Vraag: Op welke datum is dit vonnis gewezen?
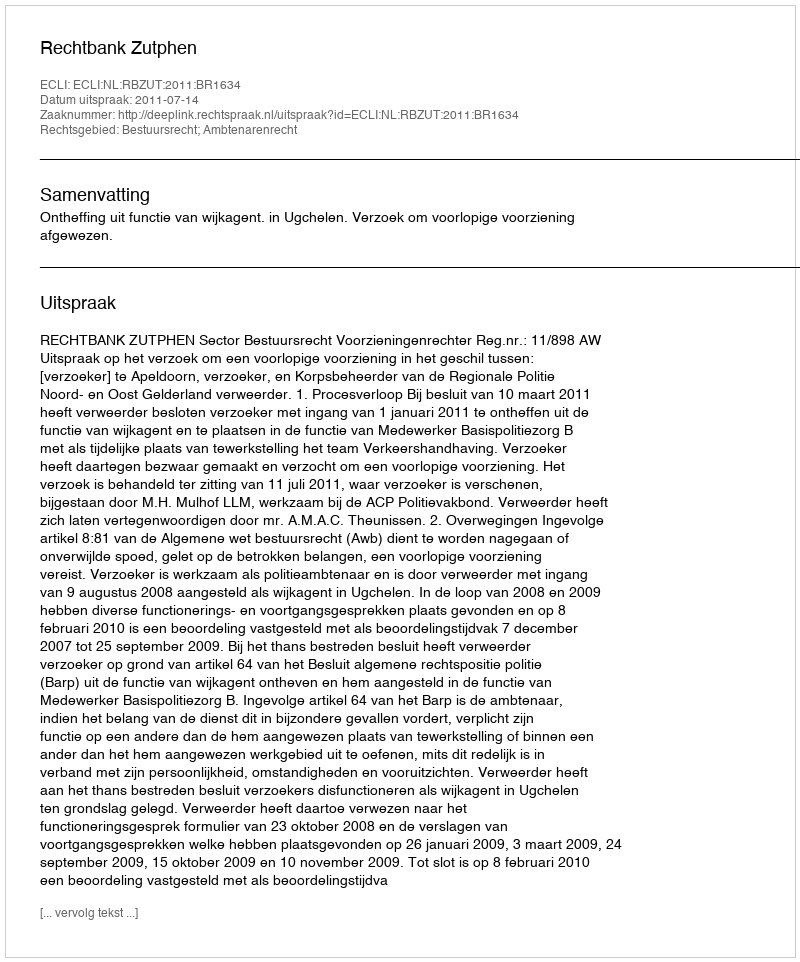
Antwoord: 2011-07-14